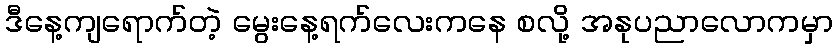
ဒီနေ့ကျရောက်တဲ့ မွေးနေ့ရက်လေးကနေ စလို့ အနုပညာလောကမှာ